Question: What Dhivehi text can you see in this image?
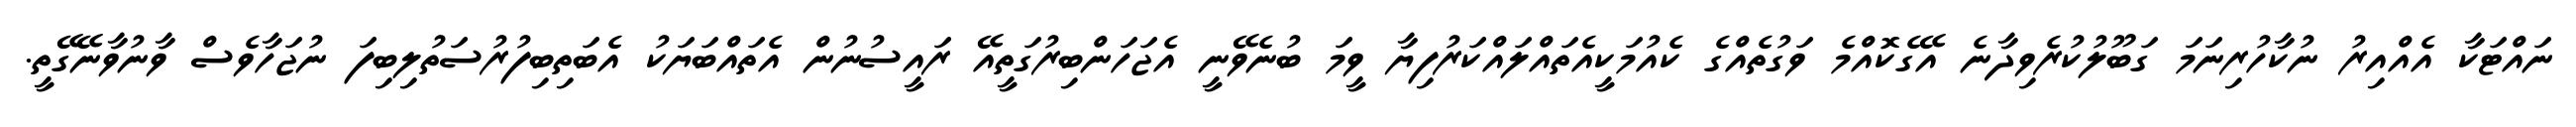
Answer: ނައްޓަކާ އެއްއިރު ނުކާހުރިނަމަ ގަބޫލުކުރެވިދާނެ އޭގެކޮއްމެ ވަގުތެއްގެ ކެއުމަކީއެތައްލައްކަރުފިޔާ ވީމަ ބުނެވޭނީ އެޖަހަންބިރުގަތީއޭ ރައީސުނުން އެތައްބަޔަކު އެބަތިބިފުރުސަތުލިބިފަ ނުޖަހާވެސް ވާނުވާނޭގޭތީ.